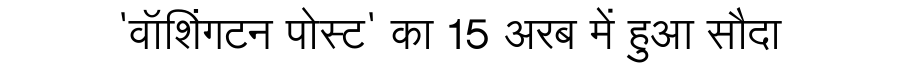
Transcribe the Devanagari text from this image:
'वॉशिंगटन पोस्ट' का 15 अरब में हुआ सौदा